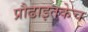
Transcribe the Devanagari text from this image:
प्रौढाइतकेच